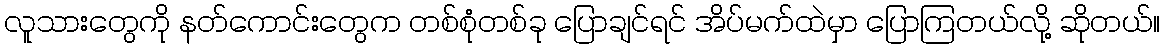
လူသားတွေကို နတ်ကောင်းတွေက တစ်စုံတစ်ခု ပြောချင်ရင် အိပ်မက်ထဲမှာ ပြောကြတယ်လို့ ဆိုတယ်။